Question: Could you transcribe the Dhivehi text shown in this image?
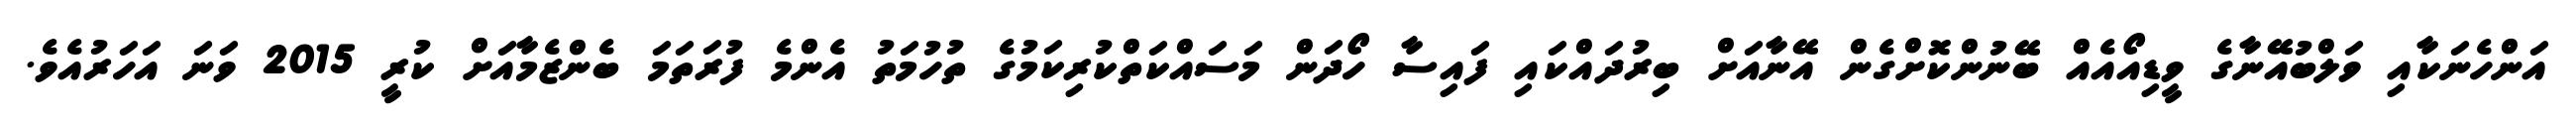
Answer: އަންހެނަކާއި ވަލްބުއޭނާގެ ވީޑިއޯއެއް ބޭނުންކޮށްގެން އޭނާއަށް ބިރުދައްކައި ފައިސާ ހޯދަން މަސައްކަތްކުރިކަމުގެ ތުހުމަތު އެންމެ ފުރަތަމަ ބެންޒެމާއަށް ކުރީ 2015 ވަނަ އަހަރުއެވެ.